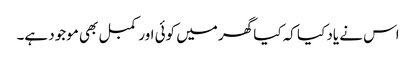
اس نے یاد کیا کہ کیا گھر میں کوئی اور کمبل بھی موجود ہے۔